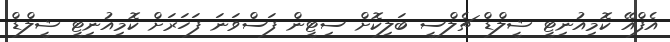
އެފްއޭ ކޮމިއުނިޓީ ޝީލްޑް ޗެލްސީ ބަލިކޮށް ސިޓީން ފަސްވަނަ ފަހަރަށް ކޮމިއުނިޓީ ޝީލްޑް